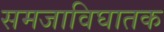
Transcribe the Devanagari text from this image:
समजाविघातक